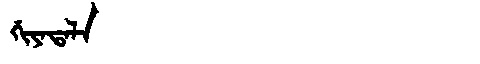
Manchu: ᡤᡳᠶᠠᡨᠠᠯᠠ
Romanization: GIYATALA